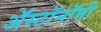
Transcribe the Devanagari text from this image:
ॲस्टॉनॉमी